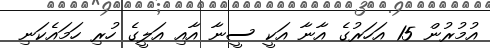
އުމުރުން 15 އަހަރުގެ އާނާ އަކީ ސީނާ އާއި އަލީގެ ހުރި ހަމައެކަނި